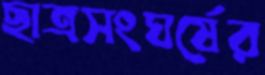
ছাত্রসংঘর্ষের